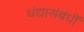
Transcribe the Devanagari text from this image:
धंद्यासंबंधीं